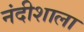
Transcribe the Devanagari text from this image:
नंदीशाला